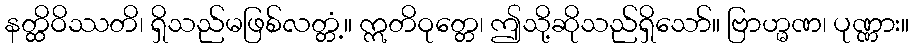
နတ္ထိဝိဿတိ၊ ရှိသည်မဖြစ်လတ္တံ့။ ဣတိဝုတ္တေ၊ ဤသို့ဆိုသည်ရှိသော်။ ဗြာဟ္မဏ၊ ပုဏ္ဏား။